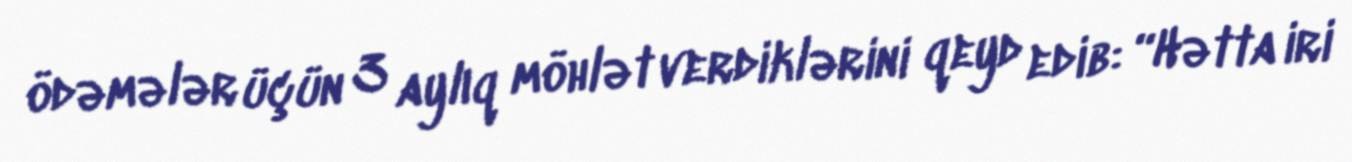
ödəmələr üçün 3 aylıq möhlət verdiklərini qeyd edib: “Hətta iri